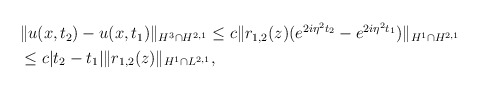
\begin{align*}\begin{aligned}&\|u(x,t_2 )-u(x,t_1 )\|_{H^3\cap H^{2,1}} \leq c\|r_{1,2}( z)(e^{2i\eta^2 t_2}-e^{2i\eta^2 t_1})\|_{H^1\cap H^{2,1}}\\&\leq c|t_2-t_1| \|r_{1,2}(z)\|_{H^1\cap L^{2,1}},\end{aligned}\end{align*}